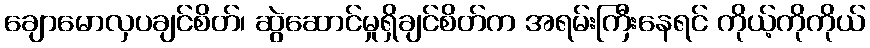
ချောမောလှပချင်စိတ်၊ ဆွဲဆောင်မှုရှိချင်စိတ်က အရမ်းကြီးနေရင် ကိုယ့်ကိုကိုယ်